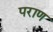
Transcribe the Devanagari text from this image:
पराण